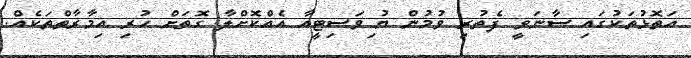
އަތޮޅުތަކުގައި ސާނަވީ ފެތުރި ވުމުން ޔު ިވަސިޓީއާ އެއްކޮށްލާ ގޮތަށް ހުރި އިމާރާތްތަކެއް.